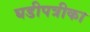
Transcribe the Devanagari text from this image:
घडीपत्रीका